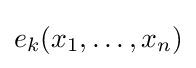
e_{k}(x_{1},\ldots ,x_{n})